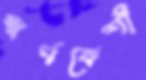
স্বর্ণকেশী